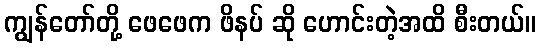
ကျွန်တော်တို့ ဖေဖေက ဖိနပ် ဆို ဟောင်းတဲ့အထိ စီးတယ်။